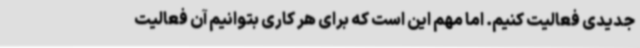
جدیدی فعالیت کنیم. اما مهم این است که برای هر کاری بتوانیم آن فعالیت